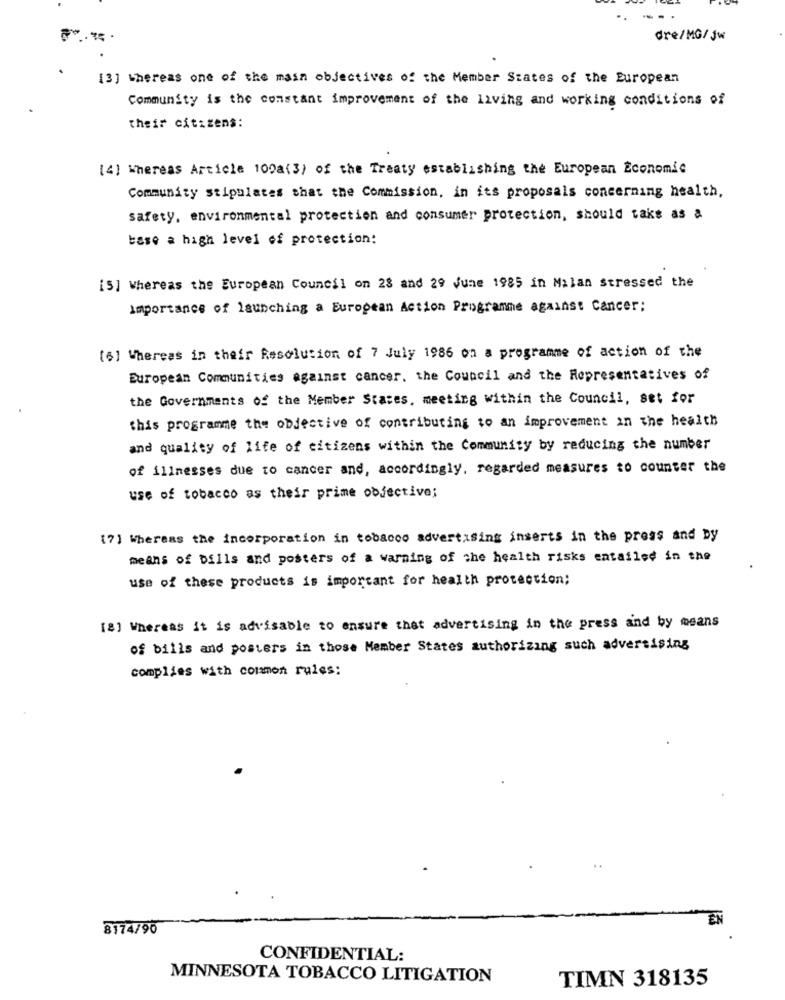
dre/MG/ Jw
[3] thereas one of the main objectives of the Member States of the European
Community is the constant improvement of the living and working conditions of
their citizens:
[4] Whereas Article 100a(3) of the Treaty establishing the European Economic
Community stipulates that the Commission, in its proposals concerning health,
safety, environmental protection and consumer protection, should take as a
base a high level of protection:
[5] Whereas the European Council on 28 and 29 June 1985 in Milan stressed the
Importance of launching a European Action Programme against Cancer:
[6] Whereas in their Resolution of 7 July 1986 on a programme of action of the
European Communities against cancer. the Council and the Representatives of
the Governments of the Member States, meeting within the Council, set for
this programme the objective of contributing to an improvement in the health
and quality of life of citizens within the Community by reducing the number
of illnesses due to cancer and, accordingly, regarded measures to counter the
use of tobacco as their prime objective;
[7] Whereas the incorporation in tobacco advertising inserts in the press and by
means of bills and posters of a warning of the health risks entailed in the
use of these products is important for health protection;
[8] Whereas it is advisable to ensure that advertising in the press and by means
of bills and posters in those Member States authorizing such advertising
complies with common rules:
EN
8174/90
CONFIDENTIAL:
MINNESOTA TOBACCO LITIGATION
TIMN 318135